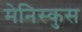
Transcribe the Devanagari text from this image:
मेनिस्कुस